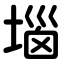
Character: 堖